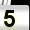
Digit: 5